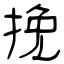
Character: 挽